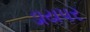
ડાયપર